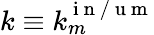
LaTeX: k\equiv k_{m}^{\mathrm{~i~n~/~u~m~}}